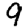
Digit: 9